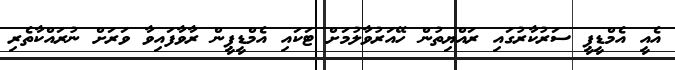
އެއީ އެމްޑީޕީ ސަރުކާރުގައި ރައްޔިތުން ހޭއަރުވާލުމަށް ޓަކައި އެމްޑީޕީން ރާވާފައިވާ ވަރަށް ނުރައްކާތެރި